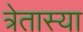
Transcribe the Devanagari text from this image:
त्रेतास्या